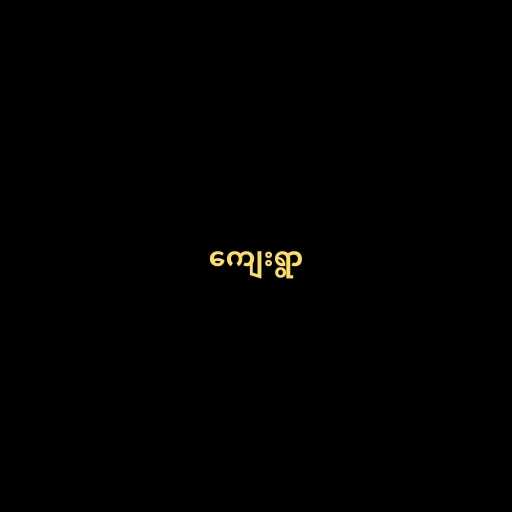
ကျေးရွာ